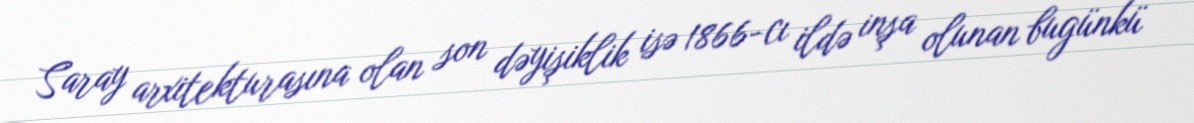
Saray arxitekturasına olan son dəyişiklik isə 1866-cı ildə inşa olunan bugünkü